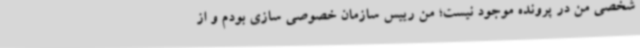
شخصی من در پرونده موجود نیست؛ من رییس سازمان خصوصی سازی بودم و از